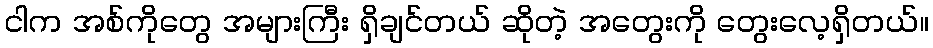
ငါက အစ်ကိုတွေ အများကြီး ရှိချင်တယ် ဆိုတဲ့ အတွေးကို တွေးလေ့ရှိတယ်။